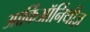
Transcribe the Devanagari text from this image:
आर्किऑर्निथीज़